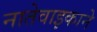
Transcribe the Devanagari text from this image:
नातेवाइकाने